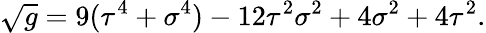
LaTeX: \sqrt{g}=9(\tau^{4}+\sigma^{4})-12\tau^{2}\sigma^{2}+4\sigma^{2}+4\tau^{2}.